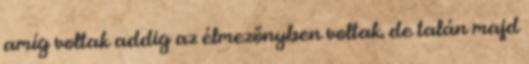
amíg voltak addig az élmezőnyben voltak. de talán majd